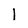
Character: I